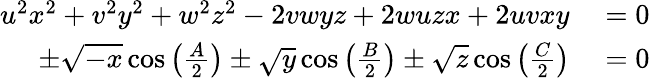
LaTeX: \begin{array}{rl}{u^{2}x^{2}+v^{2}y^{2}+w^{2}z^{2}-2vwyz+2wuzx+2uvxy}&{{}=0}\\ {\pm{\sqrt{-x}}\cos\left({\frac{A}{2}}\right)\pm{\sqrt{y}}\cos\left({\frac{B}{2}}\right)\pm{\sqrt{z}}\cos\left({\frac{C}{2}}\right)}&{{}=0}\end{array}